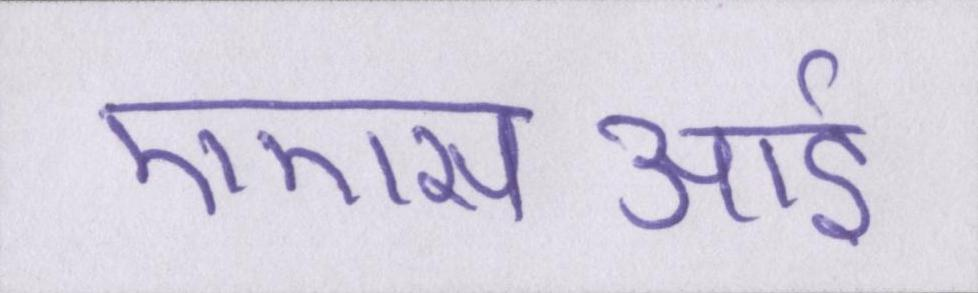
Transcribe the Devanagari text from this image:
एएसआई